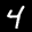
Label: 4